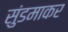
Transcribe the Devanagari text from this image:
सुंडमाकर